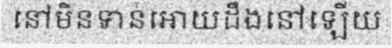
នៅមិនទាន់អោយដឹងនៅឡើយ